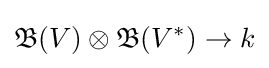
{\mathfrak {B}}(V)\otimes {\mathfrak {B}}(V^{*})\to k